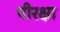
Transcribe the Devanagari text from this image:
पीरक्षा